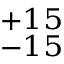
^ { + 1 5 } _ { - 1 5 }